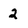
Character: 2